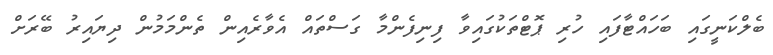
ބެލްކަނީގައި ބަހައްޓާފައި ހުރި ޕޮޓްތަކުގައިވާ ފިނިފެންމާ ގަސްތައް އެވާރެއިން ތެންމަމުން ދިޔައިރު ބޭރަށް